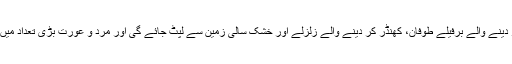
چیر دینے والی ہوائیں، خیرہ کر دینے والے برفیلے طوفان، کھنڈر کر دینے والے زلزلے اور خشک سالی زمین سے لپٹ جائے گی اور مرد و عورت بڑی تعداد میں بے بسی سے مرنے لگیں گے۔